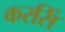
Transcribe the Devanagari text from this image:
करसिँ